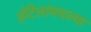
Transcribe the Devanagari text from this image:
हॉटेलांमधल्या